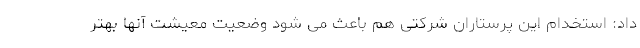
داد: استخدام این پرستاران شرکتی هم باعث می شود وضعیت معیشت آنها بهتر